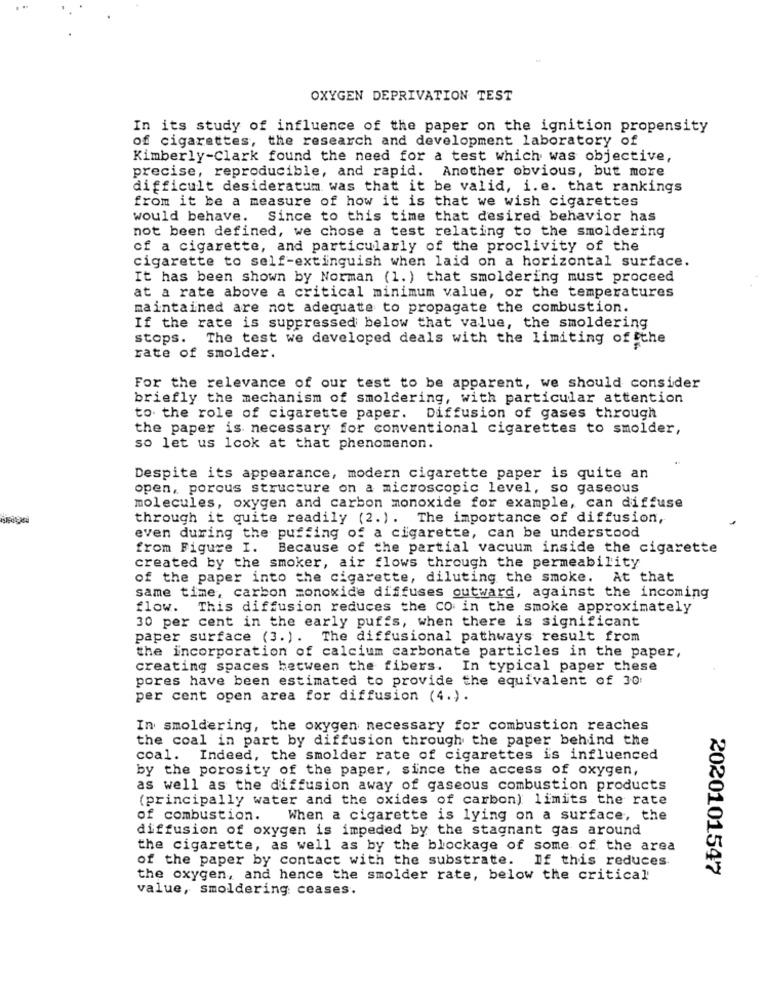
OXYGEN DEPRIVATION TEST
In its study of influence of the paper on the ignition propensity
of cigarettes, the research and development laboratory of
Kimberly-Clark found the need for a test which was objective,
precise, reproducible, and rapid. Another obvious, but more
difficult desideratum was that it be valid, i. e. that rankings
from it be a measure of how it is that we wish cigarettes
would behave. Since to this time that desired behavior has
not been defined, we chose a test relating to the smoldering
of a cigarette, and particularly of the proclivity of the
cigarette to self-extinguish when laid on a horizontal surface.
It has been shown by Norman (1. ) that smoldering must proceed
at a rate above a critical minimum value, or the temperatures
maintained are not adequate to propagate the combustion.
If the rate is suppressed below that value, the smoldering
stops. The test we developed deals with the limiting offthe
rate of smolder.
For the relevance of our test to be apparent, we should consider
briefly the mechanism of smoldering, with particular attention
to the role of cigarette paper.
Diffusion of gases through
the paper is necessary for conventional cigarettes to smolder,
so let us look at that phenomenon.
Despite its appearance, modern cigarette paper is quite an
open, porous structure on a microscopic level, so gaseous
molecules, oxygen and carbon monoxide for example, can diffuse
through it quite readily (2.). The importance of diffusion,
even during the puffing of a cigarette, can be understood
from Figure I.
Because of the partial vacuum inside the cigarette
created by the smoker, air flows through the permeability
of the paper into the cigarette, diluting the smoke. At that
same time, carbon monoxide diffuses outward, against the incoming
flow. This diffusion reduces the CO in the smoke approximately
30 per cent in the early puffs, when there is significant
paper surface (3. ). The diffusional pathways result from
the incorporation of calcium carbonate particles in the paper,
creating spaces between the fibers. In typical paper these
pores have been estimated to provide the equivalent of 30:
per cent open area for diffusion (4.).
In smoldering, the oxygen necessary for combustion reaches
the coal in part by diffusion through the paper behind the
coal.
Indeed, the smolder rate of cigarettes is influenced
by the porosity of the paper, since the access of oxygen,
as well as the diffusion away of gaseous combustion products
(principally water and the oxides of carbon) limits the rate
of combustion. When a cigarette is lying on a surface, the
diffusion of oxygen is impeded by the stagnant gas around
the cigarette, as well as by the blockage of some of the area
of the paper by contact with the substrate. If this reduces
2020101547
the oxygen, and hence the smolder rate, below the critical
value, smoldering ceases.